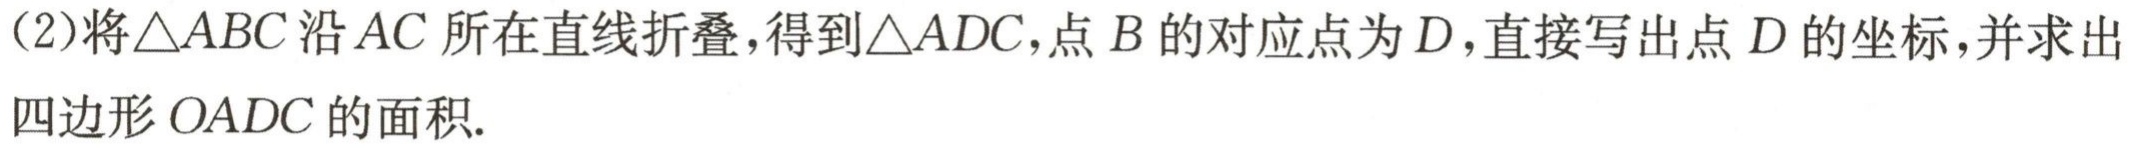
(2)将$\triangle ABC$沿$AC$所在直线折叠，得到$\triangle ADC$，点$B$的对应点为$D$，直接写出点$D$的坐标，并求出四边形$OADC$的面积.